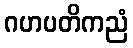
ဂဟပတိကညံ